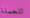
للحملة